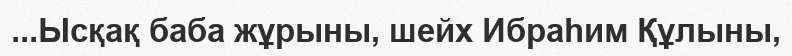
...Ысқақ баба жұрыны, шейх Ибраһим Құлыны,